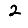
Digit: 2